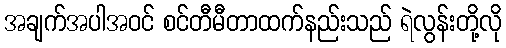
အချက်အပါအဝင် စင်တီမီတာထက်နည်းသည် ရဲလွန်းတို့လို